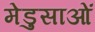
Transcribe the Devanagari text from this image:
मेडुसाओं